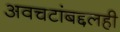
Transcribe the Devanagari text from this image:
अवचटांबद्दलही